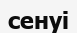
сенуі